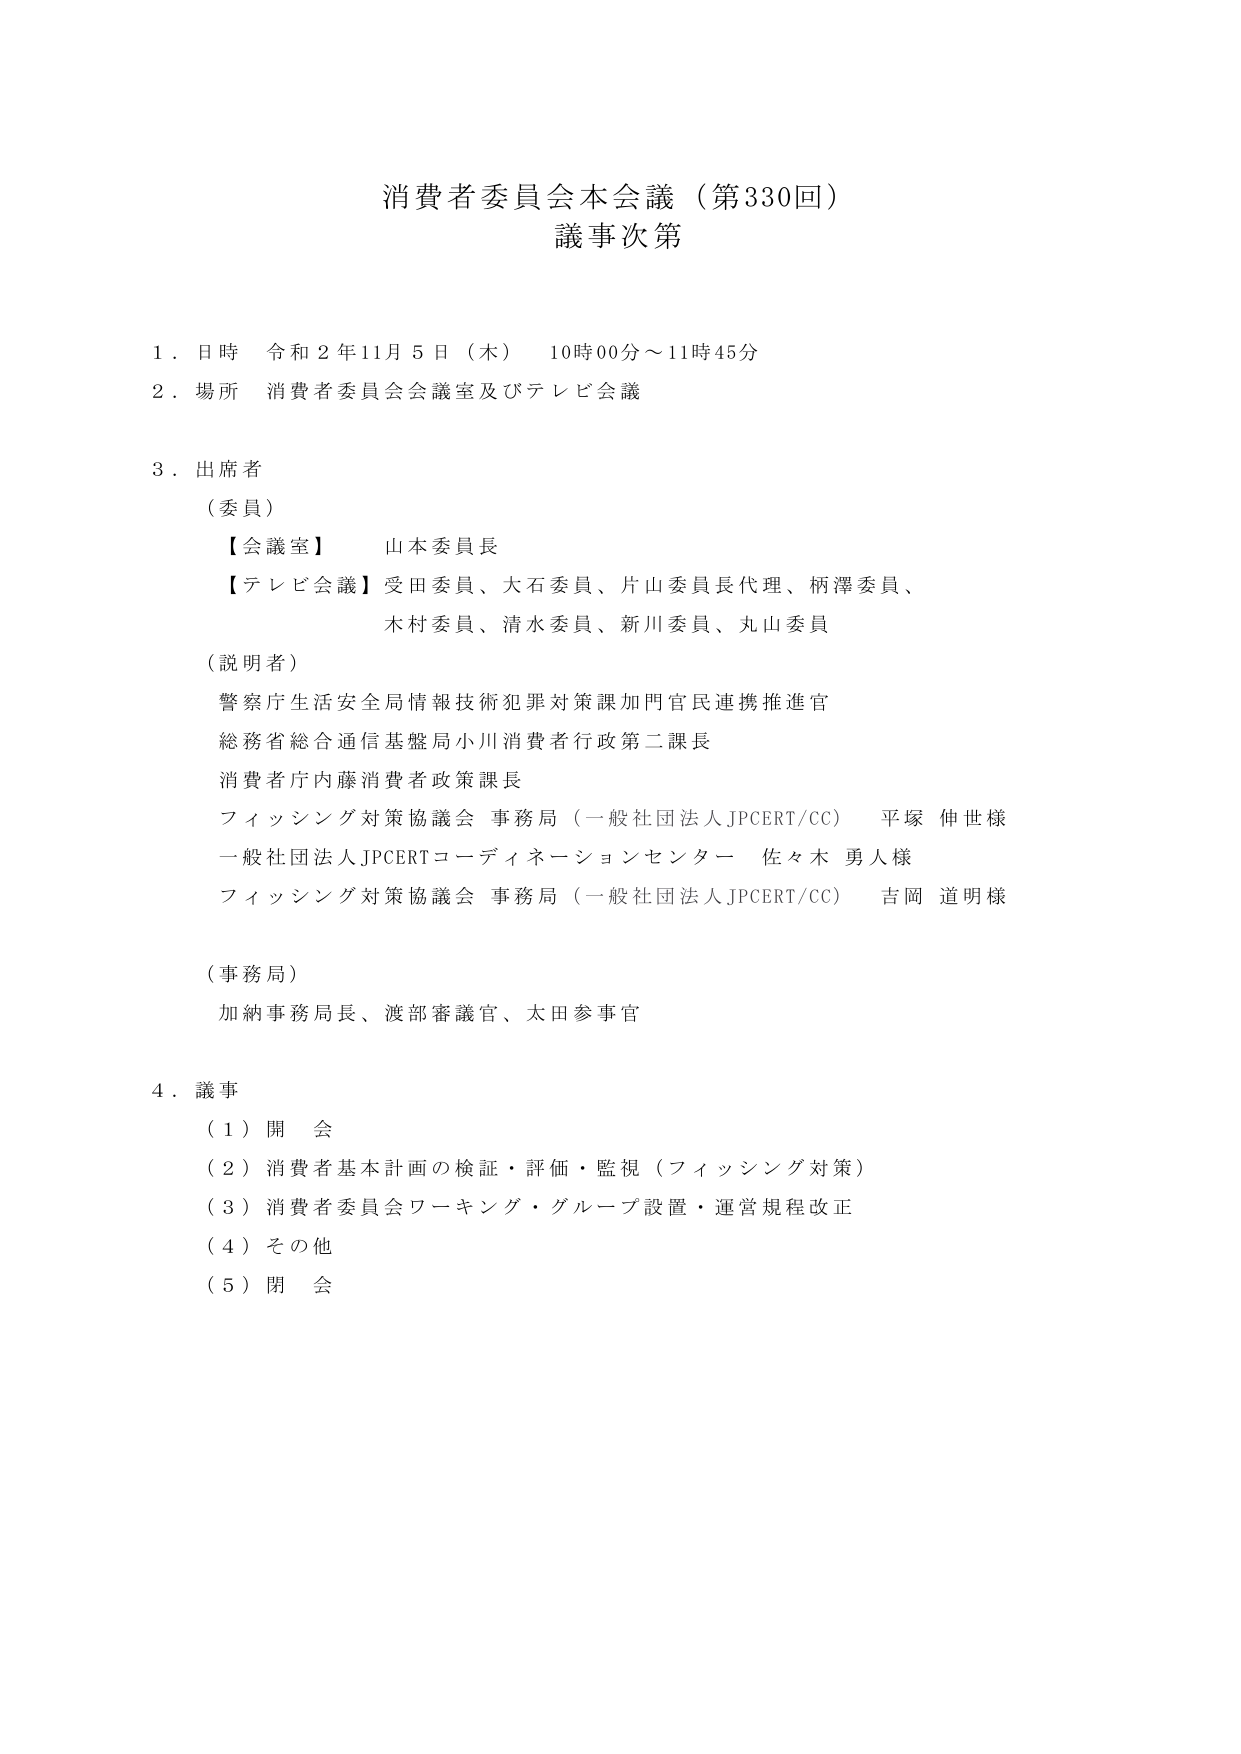
消費者委員会本会議（第330回）
議事次第

１．日時　令和２年11月５日（木）　10時00分～11時45分
２．場所　消費者委員会会議室及びテレビ会議

３．出席者
（委員）
　【会議室】　山本委員長
　【テレビ会議】受田委員、大石委員、片山委員長代理、柄澤委員、
　　　　　　　木村委員、清水委員、新川委員、丸山委員

（説明者）
　警察庁生活安全局情報技術犯罪対策課加門官民連携推進官
　総務省総合通信基盤局小川消費者行政第二課長
　消費者庁内藤消費者政策課長
　フィッシング対策協議会 事務局（一般社団法人JPCERT/CC）　平塚 伸世様
　一般社団法人JPCERTコーディネーションセンター　佐々木 勇人様
　フィッシング対策協議会 事務局（一般社団法人JPCERT/CC）　吉岡 道明様

（事務局）
　加納事務局長、渡部審議官、太田参事官

４．議事
　（１）開会
　（２）消費者基本計画の検証・評価・監視（フィッシング対策）
　（３）消費者委員会ワーキング・グループ設置・運営規程改正
　（４）その他
　（５）閉会